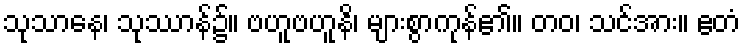
သုသာနေ၊ သုဿာန်၌။ ဗဟူဗဟူနိ၊ များစွာကုန်၏။ တဝ၊ သင်အား။ ဧတံ